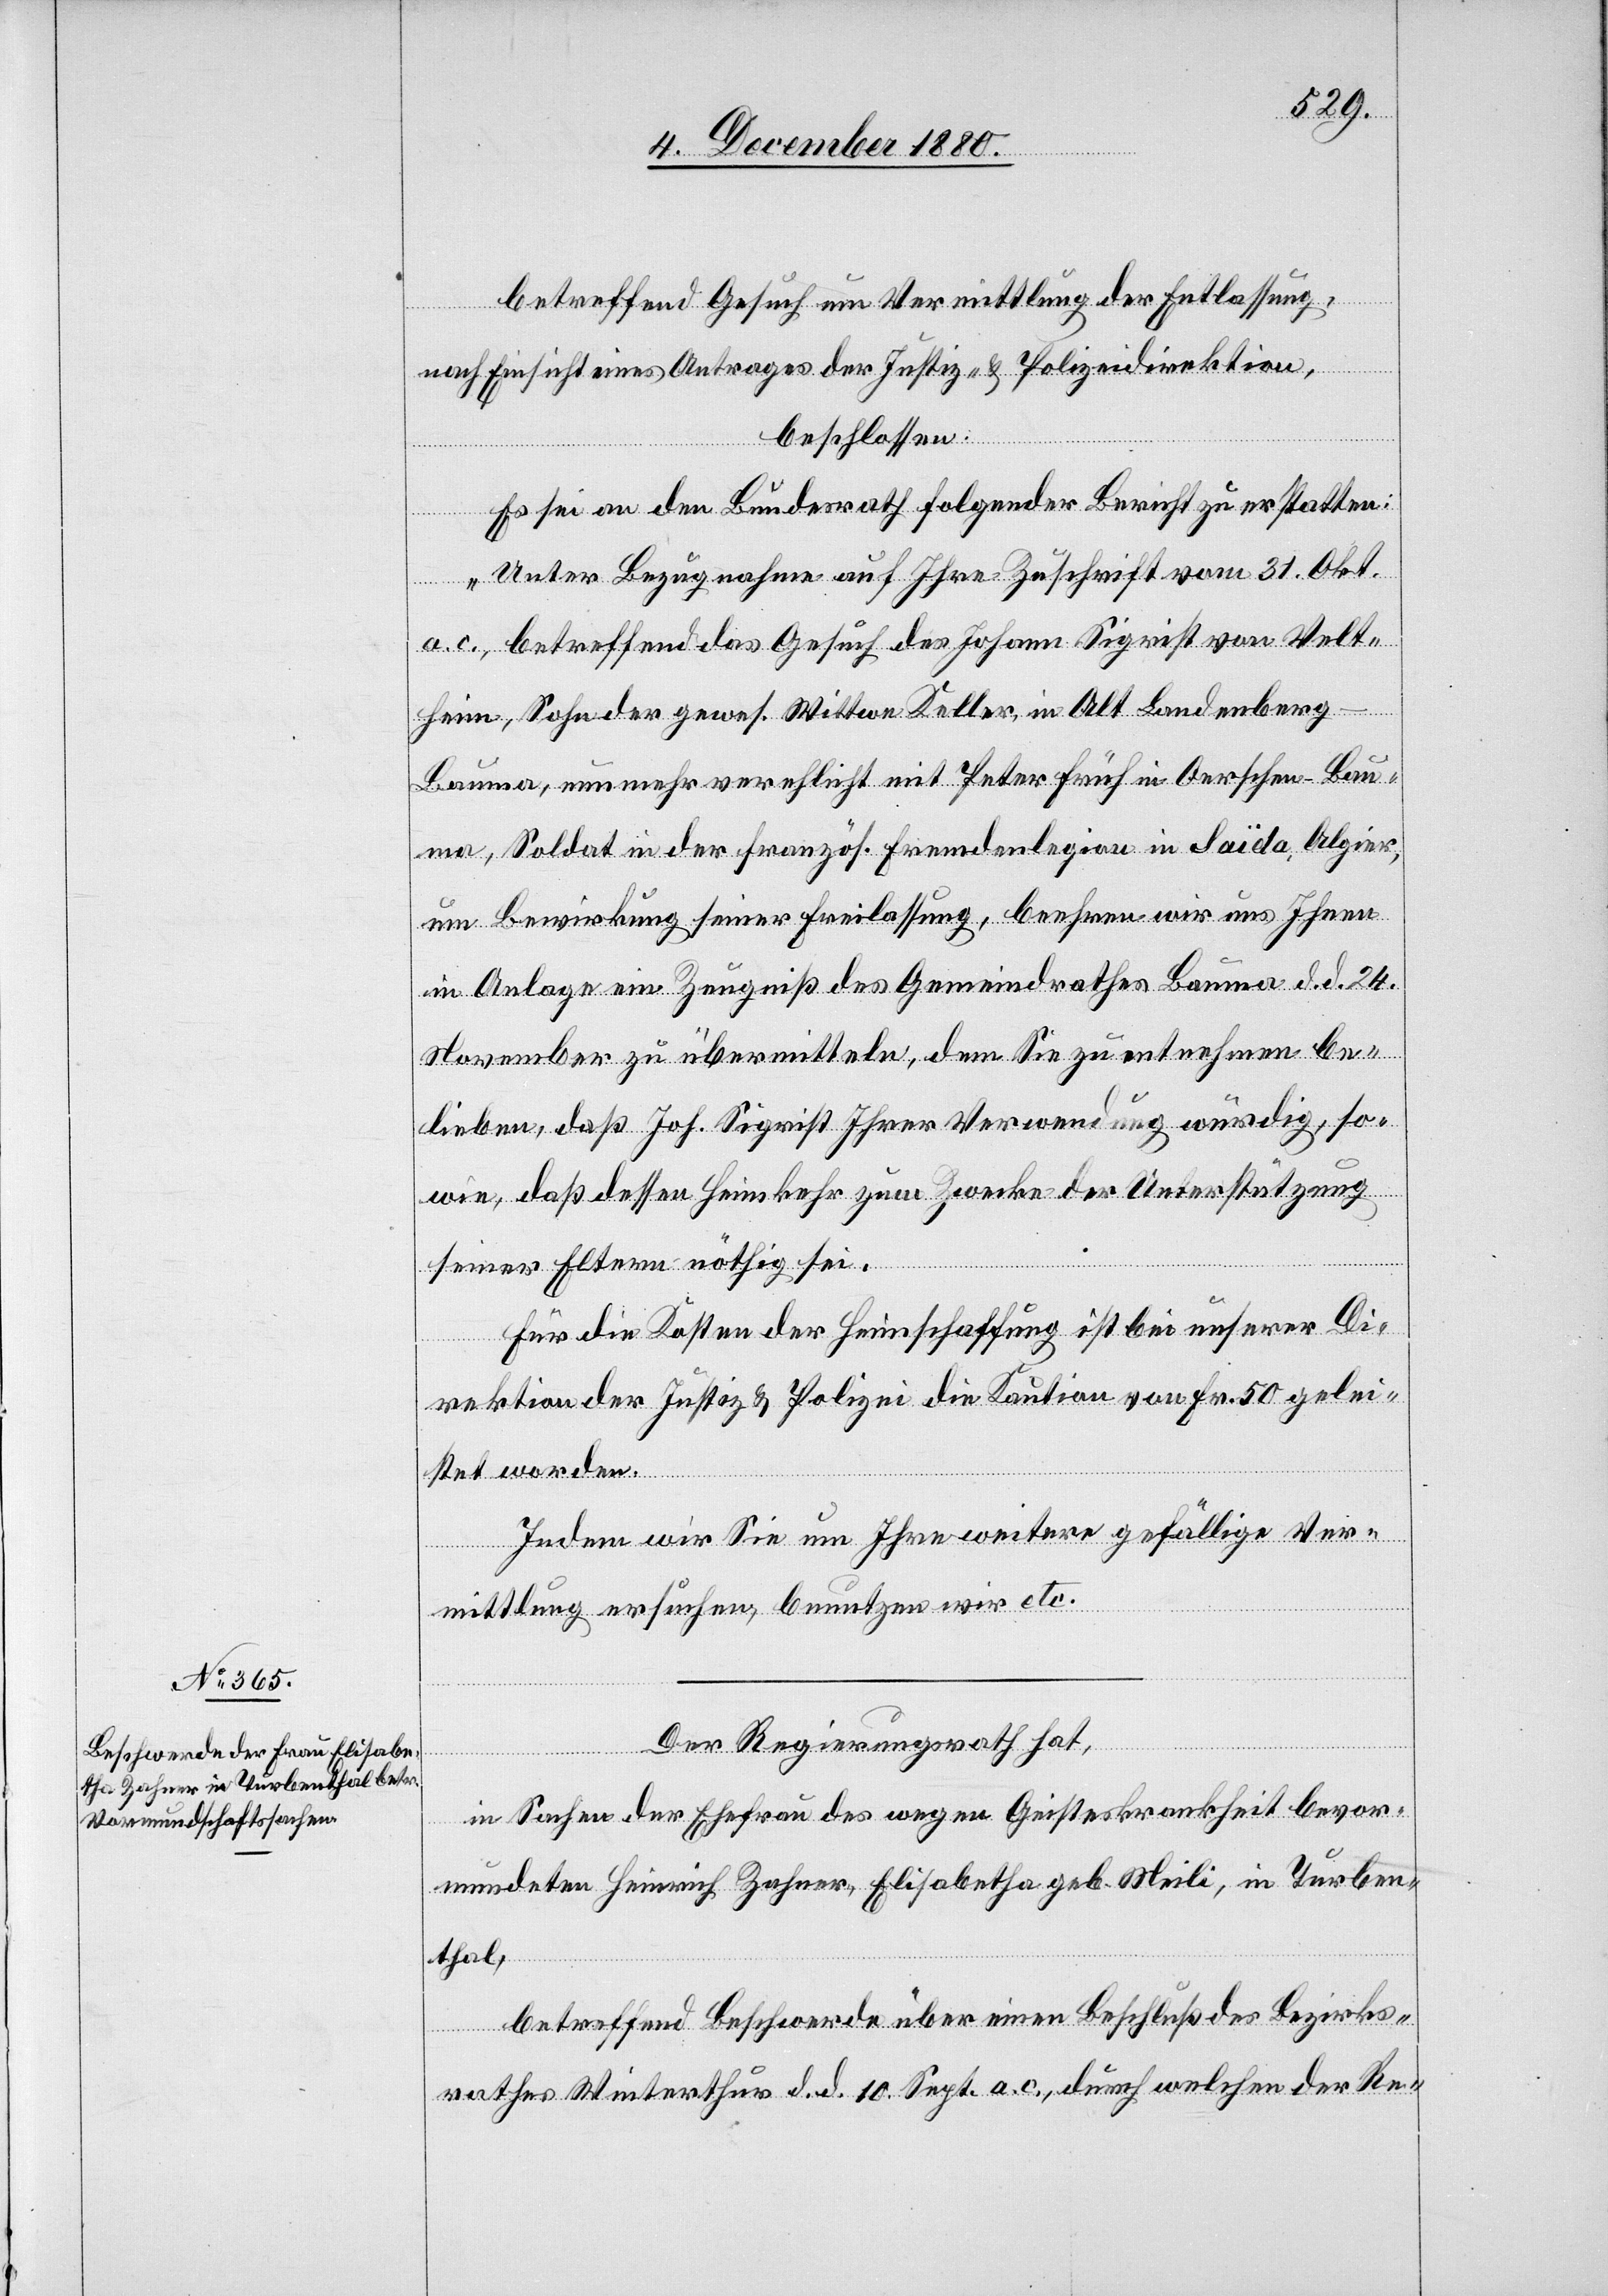
betreffend Gesuch um Vermittlung der Entlassung,
nach Einsicht eines Antrages der Justiz- & Polizeidirektion,
beschlossen:
Es sei an den Bundesrath folgender Bericht zu erstatten:
„Unter Bezugnahme auf Ihre Zuschrift vom 31. Okt.
a. c., betreffend das Gesuch des Johann Sigrist von Velt¬
heim, Sohn der gewes. Wittwe Keller, in Alt Landenberg
Bauma, nunmehr verehlicht mit Peter Früh in Oerschen - Bau¬
ma, Soldat in der französ. Fremdenlegion in Saïda, Algier,
um Bewirkung seiner Freilassung, beehren wir uns Ihnen
in Anlage ein Zeugniß des Gemeindrathes Bauma d. d. 24.
November zu übermitteln, dem Sie zu entnehmen be¬
lieben, daß Joh. Sigrist Ihrer Verwendung würdig, so¬
wie, daß dessen Heimkehr zum Zwecke der Unterstützung
seiner Eltern nöthig sei.
Für die Kosten der Heimschaffung ist bei unserer Di¬
rektion der Justiz & Polizei die Kaution von Fr. 50 gelei¬
stet worden.
Indem wir Sie um Ihre weitere gefällige Ver¬
mittlung ersuchen, benutzen wir etc.“
Der Regierungsrath hat,
in Sachen der Ehefrau des wegen Geisteskrankheit bevor¬
mundeten Heinrich Zahner, Elisabetha geb. Meili, in Turben¬
thal,
betreffend Beschwerde über einen Beschluß des Bezirks¬
rathes Winterthur d. d. 10. Sept. a. c., durch welchen der Re-